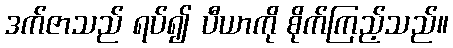
ဒက်ဇာသည် ရပ်၍ ပီယာကို စိုက်ကြည့်သည်။